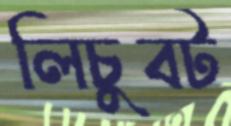
লিচুবট